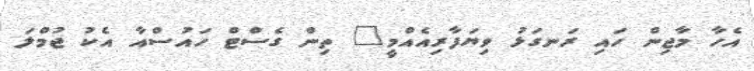
އެހާ މާޖިން ހައި ރަނގަޅު ވިޔަފާރިއެއްމީ" ތިން ގެސްޓް ހައުސްއާ އެކު ޖުމްލަ